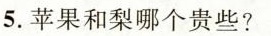
5.苹果和梨哪个贵些?